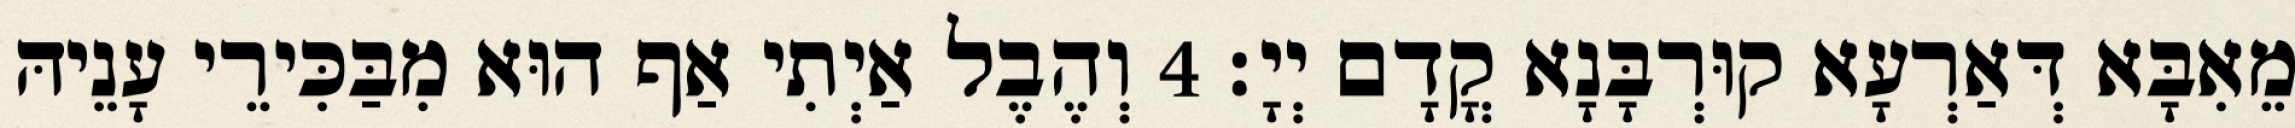
מֵאִבָּא דְּאַרְעָא קוּרְבָּנָא קֳדָם יְיָ׃ 4 וְהֶבֶל אַיְתִי אַף הוּא מִבַּכִּירֵי עָנֵיהּ